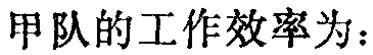
甲队的工作效率为：